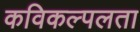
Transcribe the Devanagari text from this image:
कविकल्पलता